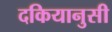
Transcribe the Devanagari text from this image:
दकियानुसी